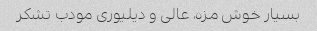
بسیار خوش مزه، عالی و دیلیوری مودب تشکر